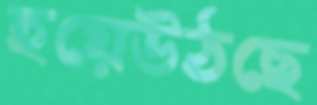
হয়েউঠছে